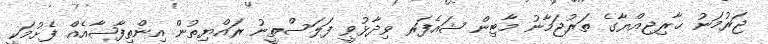
ޖަރުމަނު ޚާރިޖިއްޔާގެ ތަރުޖަމާނު މާޓިން ޝައެފަރ ވިދާޅުވީ ފަލަސްތީނު ރައްޔިތުން އިންތިފާޟާއެއް ފެށުމަކީ